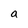
Character: a